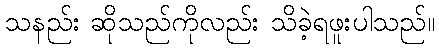
သနည်း ဆိုသည်ကိုလည်း သိခဲ့ရဖူးပါသည်။